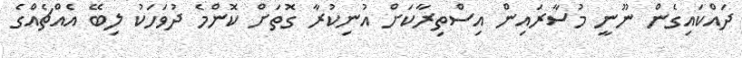
ދައްކައިގެން ނޫނީ މުސާރައިން އިސްތިރާކަށް އުނިކުރާ ގޮތަށް ކޮންމެ ދުވަހަކު ލިބޭ އެއްޗެއްގެ